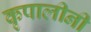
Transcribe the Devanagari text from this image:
कृपालीनी